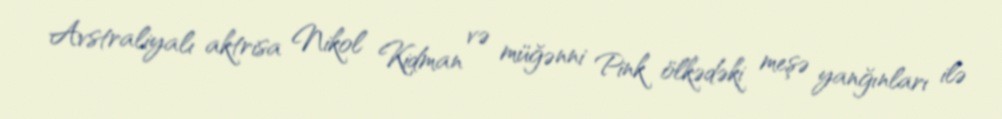
Avstraliyalı aktrisa Nikol Kidman və müğənni Pink ölkədəki meşə yanğınları ilə